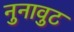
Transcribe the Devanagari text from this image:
नुनावुट